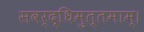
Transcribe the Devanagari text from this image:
सवर्द्धिमुत्तमाम्‌।